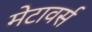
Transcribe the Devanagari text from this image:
मेटावर्स